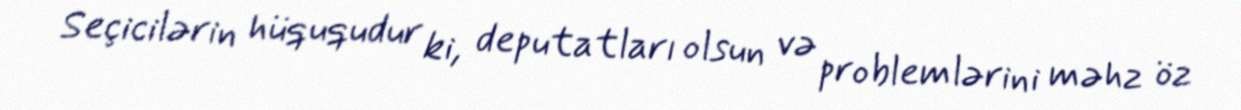
Seçicilərin hüququdur ki, deputatları olsun və problemlərini məhz öz